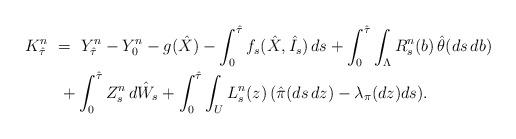
LaTeX: \begin{align*}K_{\hat\tau}^n \ &= \ Y_{\hat\tau}^n - Y_0^n - g(\hat X) - \int_0^{\hat\tau} f_s(\hat X,\hat I_s)\,ds + \int_0^{\hat\tau}\int_\Lambda R_s^n(b)\,\hat\theta(ds\,db) \\&\ + \int_0^{\hat\tau} Z_s^n\,d\hat W_s + \int_0^{\hat\tau}\int_U L_s^n(z)\,(\hat\pi(ds\,dz)-\lambda_\pi(dz) ds).\end{align*}